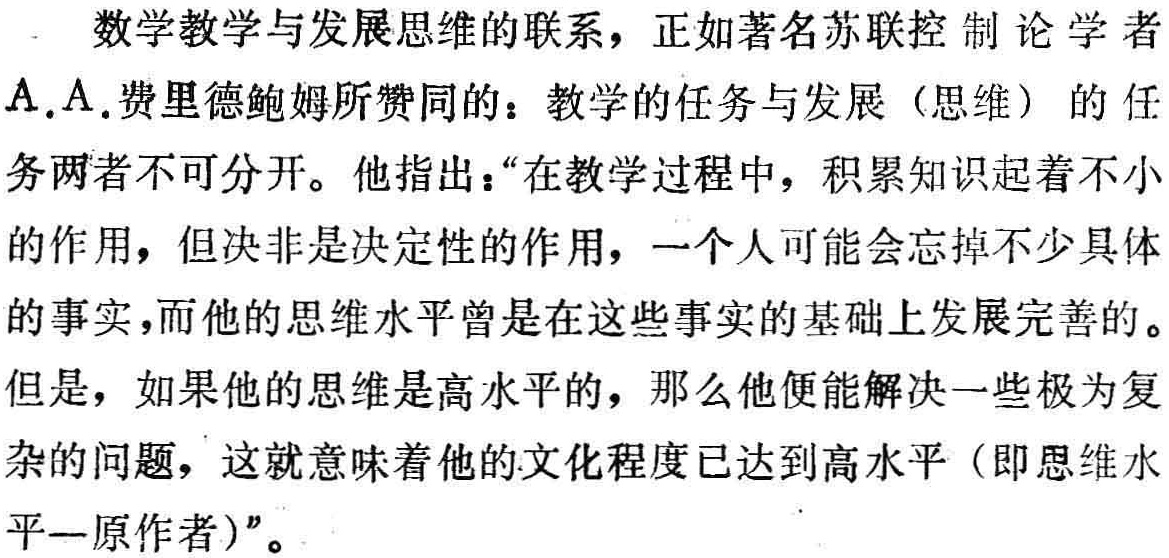
数学教学与发展思维的联系，正如著名苏联控制论学者A.A.费里德鲍姆所赞同的：教学的任务与发展（思维）的任务两者不可分开。他指出：“在教学过程中，积累知识起着不小的作用，但决非是决定性的作用，一个人可能会忘掉不少具体的事实，而他的思维水平曾是在这些事实的基础上发展完善的。但是，如果他的思维是高水平的，那么他便能解决一些极为复杂的问题，这就意味着他的文化程度已达到高水平（即思维水平—原作者）”。